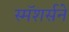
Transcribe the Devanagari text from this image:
स्मॅशर्सने